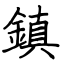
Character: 鎮